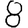
Digit: 8